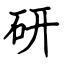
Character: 研